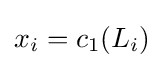
x_{i}=c_{1}(L_{i})